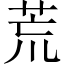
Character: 荒